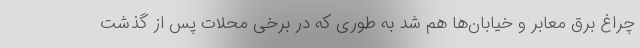
چراغ برق معابر و خیابان‌ها هم شد به طوری که در برخی محلات پس از گذشت